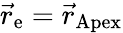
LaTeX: \vec{r}_{\textrm{e}}=\vec{r}_{\textrm{Apex}}